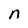
Character: n